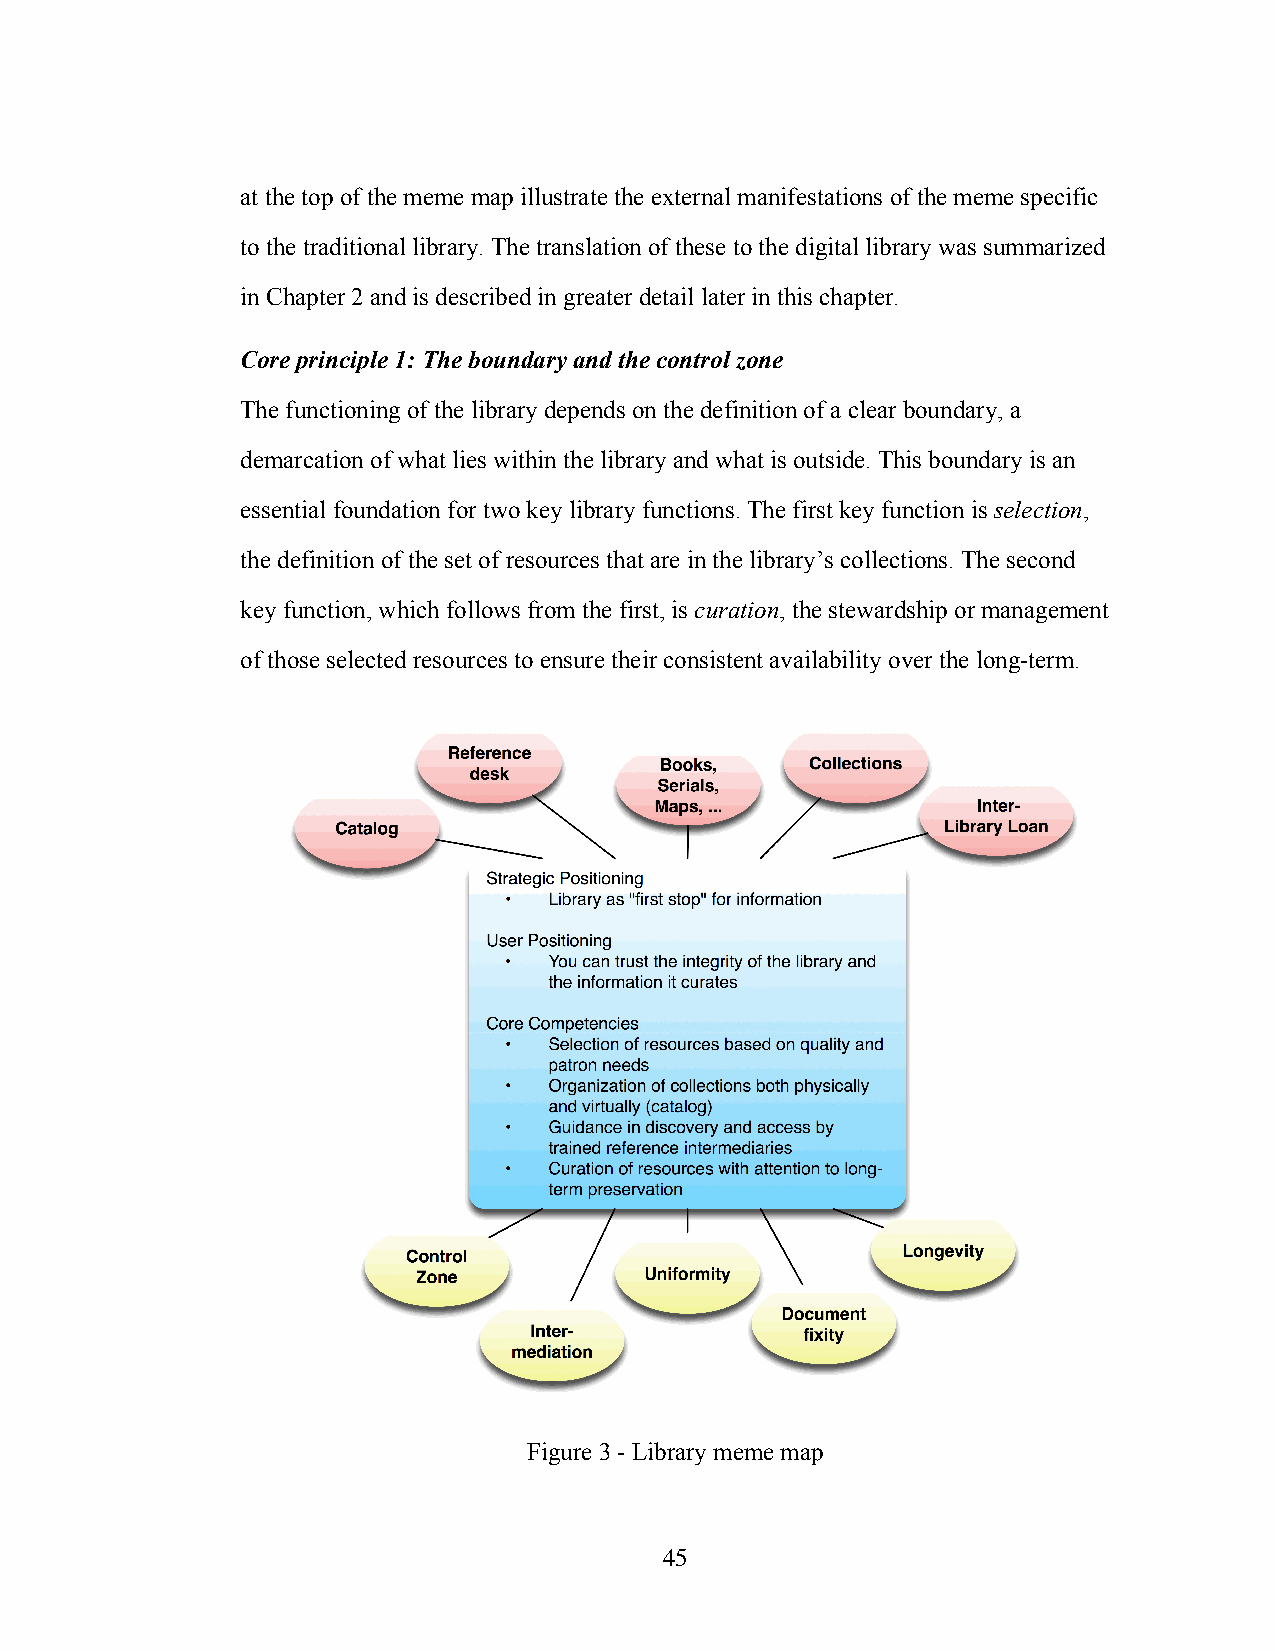
at the top of the meme map illustrate the external manifestations of the meme specific
 to the traditional library. The translation of these to the digital library was summarized
 in Chapter 2 and is described in greater detail later in this chapter.
 Core principle 1: The boundary and the control zone
 The functioning of the library depends on the definition of a clear boundary, a
 demarcation of what lies within the library and what is outside. This boundary is an
 essential foundation for two key library functions. The first key function is selection,
 the definition of the set of resources that are in the library’s collections. The second
 key function, which follows from the first, is curation, the stewardship or management
 of those selected resources to ensure their consistent availability over the long-term.
 Figure 3 - Library meme map
 45